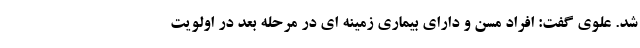
شد. علوی گفت: افراد مسن و دارای بیماری زمینه ای در مرحله بعد در اولویت